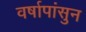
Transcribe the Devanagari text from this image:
वर्षापांसुन